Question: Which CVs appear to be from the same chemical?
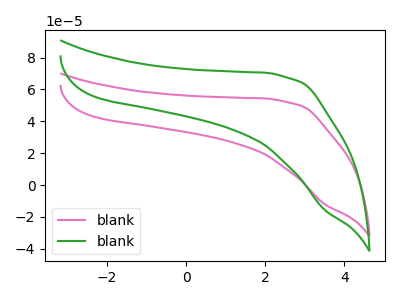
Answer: <think>The pink curve "blank1" has no peaks. The green curve "blank2" has no peaks.
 Neither "blank1" or "blank2" have any peaks.</think>
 <answer>"blank1" and "blank2" have the same shape and are likely CV's of the same chemical.</answer>
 <eval>"blank1" "blank2"</eval>